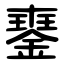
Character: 䥅